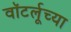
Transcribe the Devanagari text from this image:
वॉटर्लूच्या